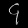
Digit: ၄